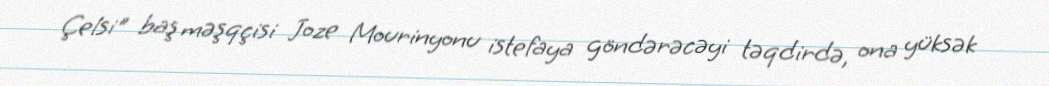
Çelsi" baş məşqçisi Joze Mourinyonu istefaya göndərəcəyi təqdirdə, ona yüksək